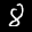
Label: 8